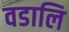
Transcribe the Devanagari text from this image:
वडालि